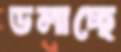
ডলাচ্ছে